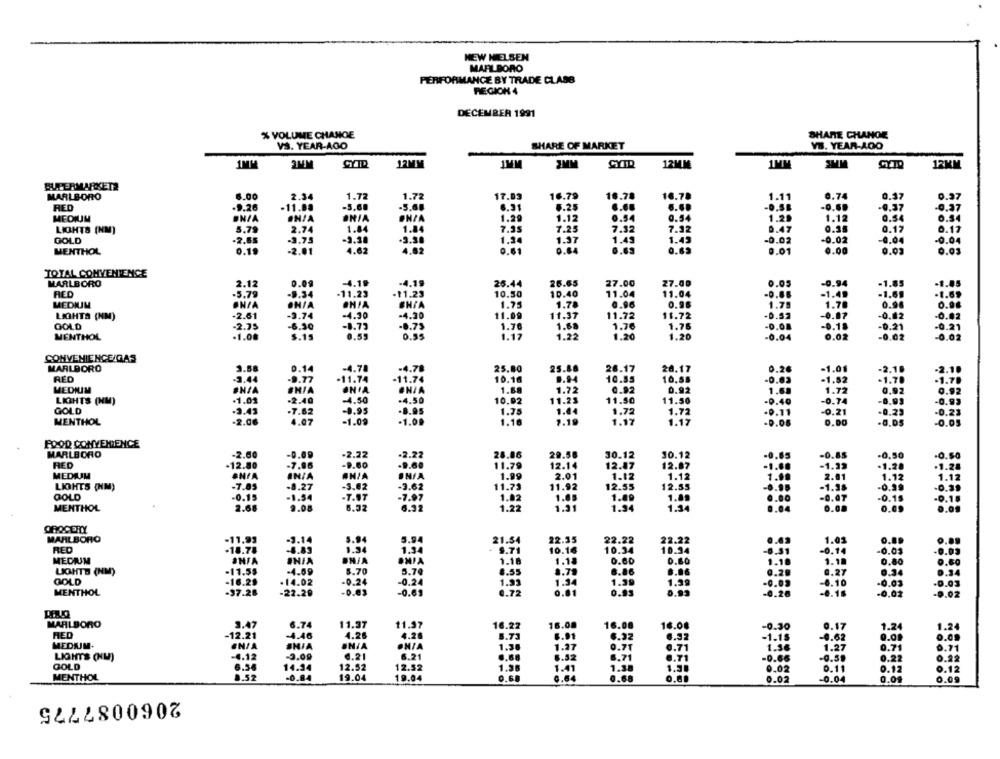
NEW NIELSEN
MARLBORO
PERFORMANCE BY TRADE CLASS
REGION 4
DECEMBER 1991
% VOLUME CHANGE
SHARE CHANGE
SHARE OF MARKET
VS. YEAR-AGO
YS. YEAR-AGO
2MM
CYID
12MM
1MM
2MM
CYTD
12MM
1MM
3MM
12MM
BUTERMARKETS
MARLBORO
6.00
2.34
1.72
1.72
17.03
16.79
18.78
16.78
1.11
0.74
0.37
0.97
RED
.9.26
-11.88
-5,68
-5.68
6.31
6.25
6.6.
-0.69
-0.37
-0.37
MEDIUM
ENZA
INIA
ONIA
ONZA
1.29
1.12
0.54
0.54
1.20
1.12
0.54
0.54
5.79
2.74
1.84
1.84
7.35
7.25
7.32
7.32
0.35
LIGHTS (NM)
0.47
0.17
0.17
GOLD
.2.65
.3.75
-3.18
.3.30
1.24
1.37
1.49
1.43
-0.02
-0.02
-0.04
-0.04
MENTHOL
0.19
-2.01
4.62
4.62
0.61
0.64
0.62
0.01
0.00
0.03
0.03
TOTAL CONVENIENCE
-4.19
-4.19
-0.94
MARLBORO
2.12
0.09
26.44
25.65
27.00
27.00
0.05
-1.85
-1.05
RED
-5.79
-9.34
-11.23
.11.23
10.50
10.40
11.04
11.04
-0.86
1.4.
-1.6
-1.69
MEDIUM
ON/A
ON/A
#N/A
1.75
1.78
0.96
1.75
1.70
0.90
0.96
LIGHTS (NM)
-2.61
-9.74
-4.30
-4.30
11.09
11.37
11.72
11.72
-0.87
-0,12
-0.02
GOLD
-2.75
-6.30
-8.73
-8.75
1.76
1.68
1.76
1.76
-0.08
-0.18
-0.21
-0.21
MENTHOL
.1.08
5.15
0.55
0.55
1.17
1.22
1.20
1.20
-0.04
0.02
-0.02
-0.02
CONVENIENCE/GAS
MARLBORO
3.58
0.14
-4.78
-4.78
25.80
25.88
26.17
20.17
0.26
-1.01
-2.1
-2.10
RED
-3.44
.9.77
.11.74
-11.74
10.16
0.94
10.55
10.58
-1.52
-1.70
1.70
1.72
MEDIUM
ONIA
1.88
0.92
0.92
1.6
1.72
0.92
0.92
LIGHTS (MM)
-1.01
2.40
-4.50
-4.50
10.92
11.23
11.50
11.50
-0.40
-0.74
-6.99
-0.93
GOLD
-3.43
.7.62
-8.95
1.75
1.44
1.72
1.72
0.11
-0.21
+0.23
-0.23
MENTHOL
-2.06
4.07
-1.09
-1.09
1.16
2.19
1.17
1.17
0.08
0.00
-0.05
FOOD CONVENIENCE
MARLBORO
-2.60
-2.22
-2.22
28.86
29.58
30.12
30.12
-0.65
-0.88
-0,50
-0.50
RED
11.79
-1.33
-12.80
-7.86
-9.0
.9.60
12.14
12.87
12.87
-1.28
.1.28
MEDIM
ANIA
IN/A
INFA
1.99
2.01
1.12
1.12
2.01
1.12
1.12
-7.85
-8.27
-3.02
-3.62
11.75
11.92
12.55
12.35
-1.38
-0.99
LIGHTS (NM)
-0.39
GOLD
-0.15
-1.54
-T.ST
-7.97
1.02
1.85
1.09
1.09
-0.OT
-0.15
-0.18
MENTHOL
2.68
9.08
6.32
6.32
1.22
1.31
1.34
1.34
0.0.
0.09
0.09
GROCERY
MARLBORO
-11,93
-3.14
5.94
5.94
21.54
22.35
22.22
22.22
1.01
RED
.18.78
-4.83
1.34
1.34
S.71
10.16
10.34
10.34
-6.51
0.14
-0.03
MEDIUM
ONIA
INIA
1.10
1.18
0.00
0.60
1.10
0.80
0.80
5.70
8.55
8.79
8.86
.. 66
0.27
LIGHTS (NM)
-11.55
-4.69
5.74
0.34
GOLD
-16.29
-14.02
-0.24
-0.24
1.93
1.34
1.39
1.39
0.10
-0.03
.0.03
MENTHOL
-97.28
-22.29
-0.83
-0.61
0.72
0.81
0.93
0.93
0.15
-0.02
-0.02
MARLBORO
3.47
6.74
11.37
11.37
16.22
16.08
16.08
16.08
-0.30
0.17
1.24
RED
-12.21
-4.46
4.26
4.28
5.73
6.91
6.32
6.32
-1.15
-0.62
9.00
0.09
MEDUM.
ENIA
#HIA
IN/A
OHIA
1.36
1.27
0.71
0.71
1.56
1.27
0.71
0.71
LIGHTS (NM)
4.12
-9.09
6.21
6.21
0.68
6.52
6.71
6.71
-0.66
-0.5,
0.22
0.22
GOLD
6.56
14.34
12.52
12.52
1.38
1.41
1.38
0.02
0.11
0.12
0.12
0.52
MENTHOL
-0.84
19.04
19.04
0.68
0.64
0.02
-0.0
0.04
0.09
2060087775